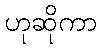
ဟုဆိုကာ